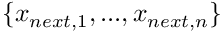
\{ x _ { n e x t , 1 } , . . . , x _ { n e x t , n } \}